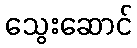
သွေးဆောင်